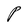
Character: P